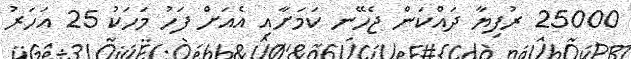
25000 ރުފިޔާ ދައްކަން ޖެހޭނ ކަމަށާއި އެއަށް ފަހު މަހަކު 25 އަހަރު